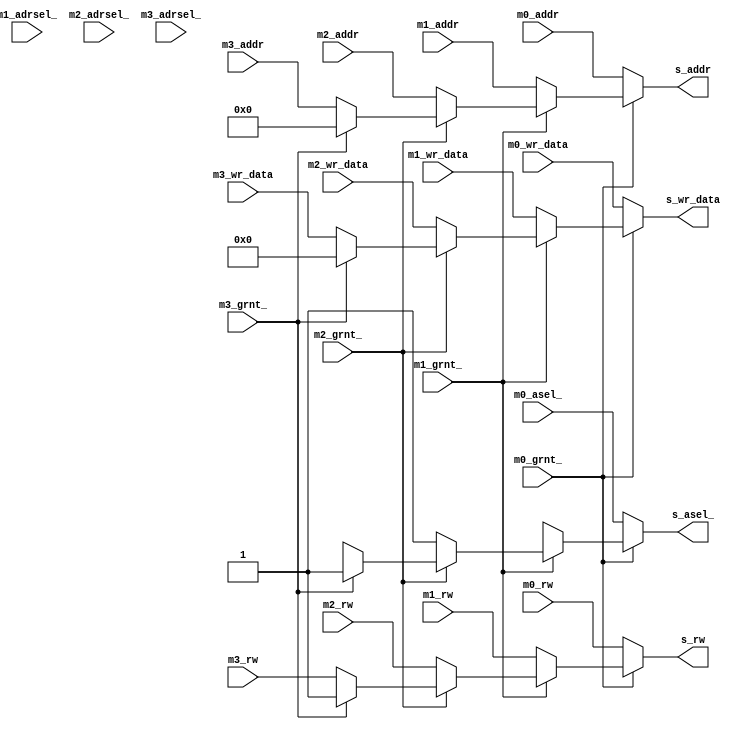
module bus_master_mux(
	input		[29:0] 	m0_addr,		// master_0 address
	input				m0_asel_,		// master_0 address select
	input				m0_rw,			// master_0 read/write
	input		[31:0]	m0_wr_data,		// master_0 write data
	input				m0_grnt_,		// master_0 grant signal
	input		[29:0] 	m1_addr,		// master_1 address
	input				m1_adrsel_,		// master_1 address select
	input				m1_rw,			// master_1 read/write
	input		[31:0]	m1_wr_data,		// master_1 write data
	input				m1_grnt_,		// master_1 grant signal
	input		[29:0] 	m2_addr,		// master_2 address
	input				m2_adrsel_,		// master_2 address select
	input				m2_rw,			// master_2 read/write
	input		[31:0]	m2_wr_data,		// master_2 write data
	input				m2_grnt_,		// master_2 grant signal
	input		[29:0] 	m3_addr,		// master_3 address
	input				m3_adrsel_,		// master_3 address select
	input				m3_rw,			// master_3 read/write
	input		[31:0]	m3_wr_data,		// master_3 write data
	input				m3_grnt_,		// master_3 grant signal
	output	reg	[29:0]	s_addr,			// selected slave address
	output	reg			s_asel_,		// address selected 
	output	reg			s_rw,			// slave read/write
	output	reg	[31:0]	s_wr_data		// slave write data
);
	
	always@(*) begin
		if(!m0_grnt_) begin
			s_addr 		= m0_addr;
			s_asel_ 	= m0_asel_;
			s_rw		= m0_rw;
			s_wr_data	= m0_wr_data;
		end
		else if(!m1_grnt_) begin
			s_addr 		= m1_addr;
			s_asel_ 	= m1_asel_;
			s_rw		= m1_rw;
			s_wr_data	= m1_wr_data;
		end
		else if(!m2_grnt_) begin
			s_addr 		= m2_addr;
			s_asel_ 	= m2_asel_;
			s_rw		= m2_rw;
			s_wr_data	= m2_wr_data;
		end
		else if(!m3_grnt_) begin
			s_addr 		= m3_addr;
			s_asel_ 	= m3_asel_;
			s_rw		= m3_rw;
			s_wr_data	= m3_wr_data;
		end
		else begin					// default 
			s_addr 		= 30'h0;
			s_asel_ 	= 1'b1;		// disable
			s_rw		= 1'b1;		// read
			s_wr_data	= 32'h0;
		end
	end

endmodule